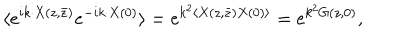
LaTeX: \langle e ^ { i k \cdot X ( z , \bar { z } ) } e ^ { - i k \cdot X ( 0 ) } \rangle = e ^ { k ^ { 2 } \langle X ( z , \bar { z } ) X ( 0 ) \rangle } = e ^ { k ^ { 2 } G ( z , 0 ) } ,